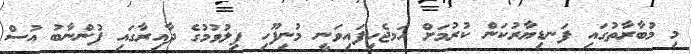
މި މުބާރާތުގައި ފަނޑިޔާރުކަން ކުރުމަށް ހަމޖެހިފައިވަނީ މުނިފޫހި ފިލުވުމުގެ ދާއިރާގައި ފުންނާބު އުސް